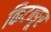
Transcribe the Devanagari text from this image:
किटन्ङूर